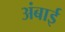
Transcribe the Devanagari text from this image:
अंबाई